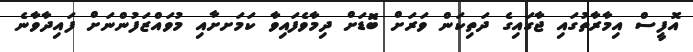
އޮފީސް އިމާރާތުގައި ޖާގައިގެ ދަތިކަން ވަރަށް ބޮޑަށް ދިމާވެފައިވާ ކަމަށށާއި މުވައްޒަފުންނަށް ފައިދާވާނެ